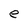
Character: e